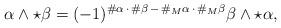
LaTeX: \begin{align*} \alpha \wedge \star \beta = (-1)^{\#\alpha \, \cdot \, \#\beta \,-\, \#_M \alpha \, \cdot \, \#_M \beta} \beta \wedge \star \alpha,\end{align*}